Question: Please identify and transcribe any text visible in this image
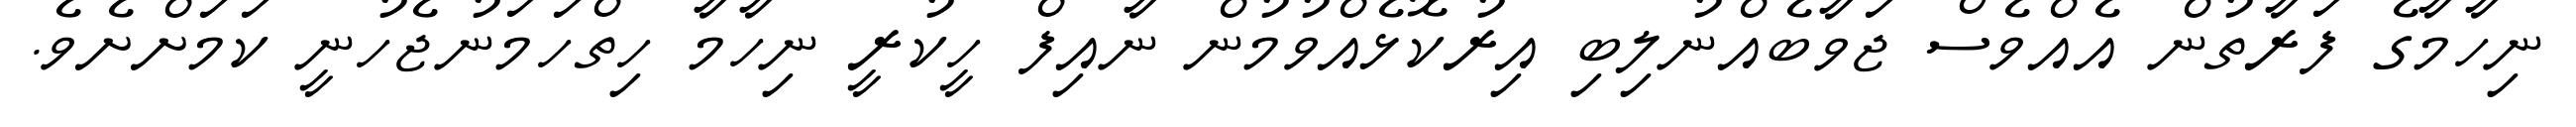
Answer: ނިހާމާގެ ފަރާތުން އެއްވެސް ޖަވާބެއްނުލިބި އިރުކޮޅެއްވުމުން ނާއިފް ހީކުރީ ނިހާމާ ހިތްހަމަނުޖެހުނީ ކަމަށްށެވެ.